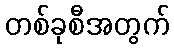
တစ်ခုစီအတွက်